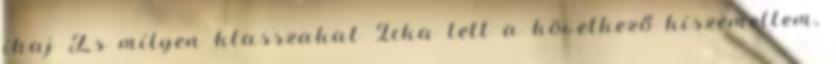
ihaj És milyen klasszakat Icka lett a következő kiszemeltem,